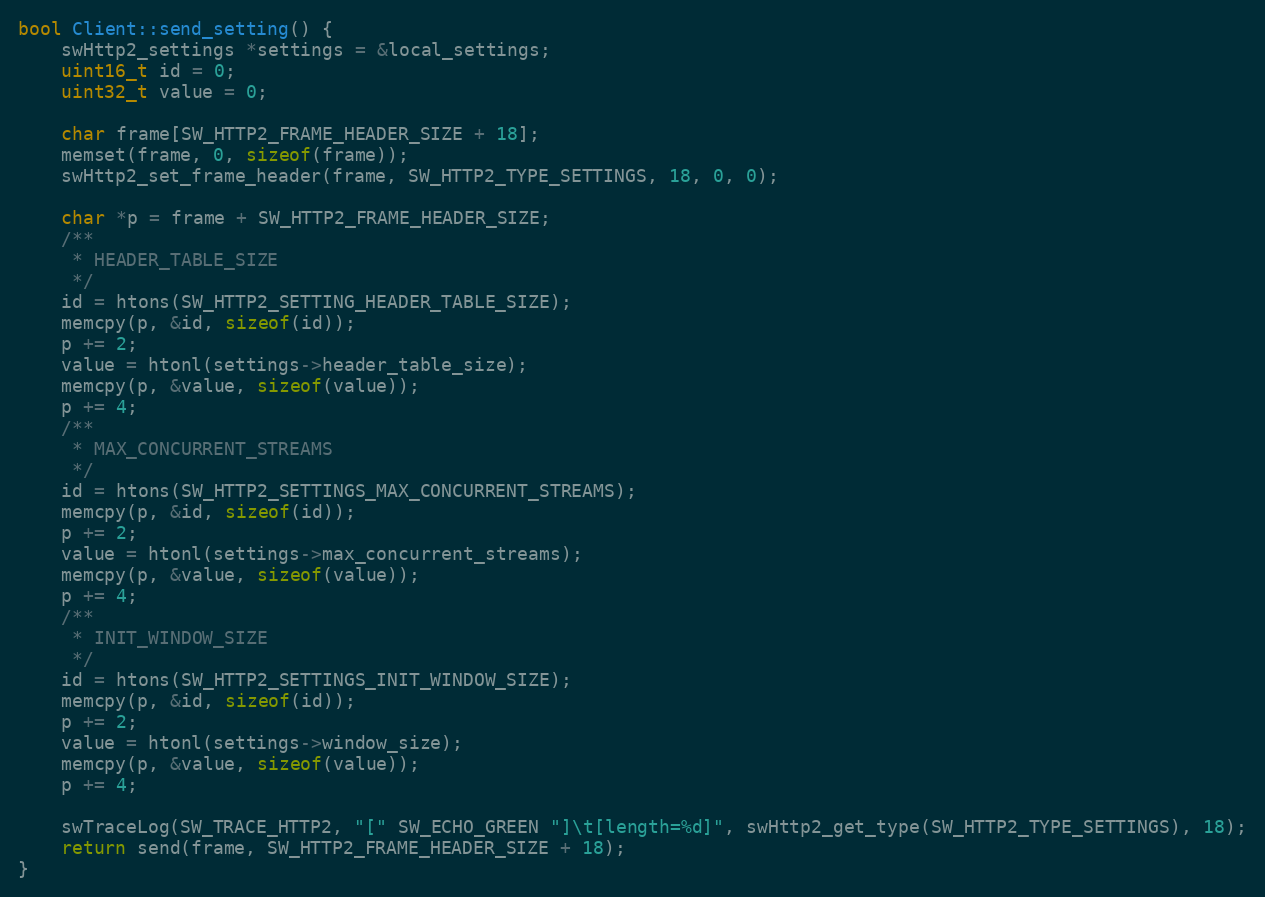
Language: C++
bool Client::send_setting() {
    swHttp2_settings *settings = &local_settings;
    uint16_t id = 0;
    uint32_t value = 0;

    char frame[SW_HTTP2_FRAME_HEADER_SIZE + 18];
    memset(frame, 0, sizeof(frame));
    swHttp2_set_frame_header(frame, SW_HTTP2_TYPE_SETTINGS, 18, 0, 0);

    char *p = frame + SW_HTTP2_FRAME_HEADER_SIZE;
    /**
     * HEADER_TABLE_SIZE
     */
    id = htons(SW_HTTP2_SETTING_HEADER_TABLE_SIZE);
    memcpy(p, &id, sizeof(id));
    p += 2;
    value = htonl(settings->header_table_size);
    memcpy(p, &value, sizeof(value));
    p += 4;
    /**
     * MAX_CONCURRENT_STREAMS
     */
    id = htons(SW_HTTP2_SETTINGS_MAX_CONCURRENT_STREAMS);
    memcpy(p, &id, sizeof(id));
    p += 2;
    value = htonl(settings->max_concurrent_streams);
    memcpy(p, &value, sizeof(value));
    p += 4;
    /**
     * INIT_WINDOW_SIZE
     */
    id = htons(SW_HTTP2_SETTINGS_INIT_WINDOW_SIZE);
    memcpy(p, &id, sizeof(id));
    p += 2;
    value = htonl(settings->window_size);
    memcpy(p, &value, sizeof(value));
    p += 4;

    swTraceLog(SW_TRACE_HTTP2, "[" SW_ECHO_GREEN "]\t[length=%d]", swHttp2_get_type(SW_HTTP2_TYPE_SETTINGS), 18);
    return send(frame, SW_HTTP2_FRAME_HEADER_SIZE + 18);
}